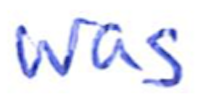
Text: was
Cross-out: clean
Writing tool: ballpoint